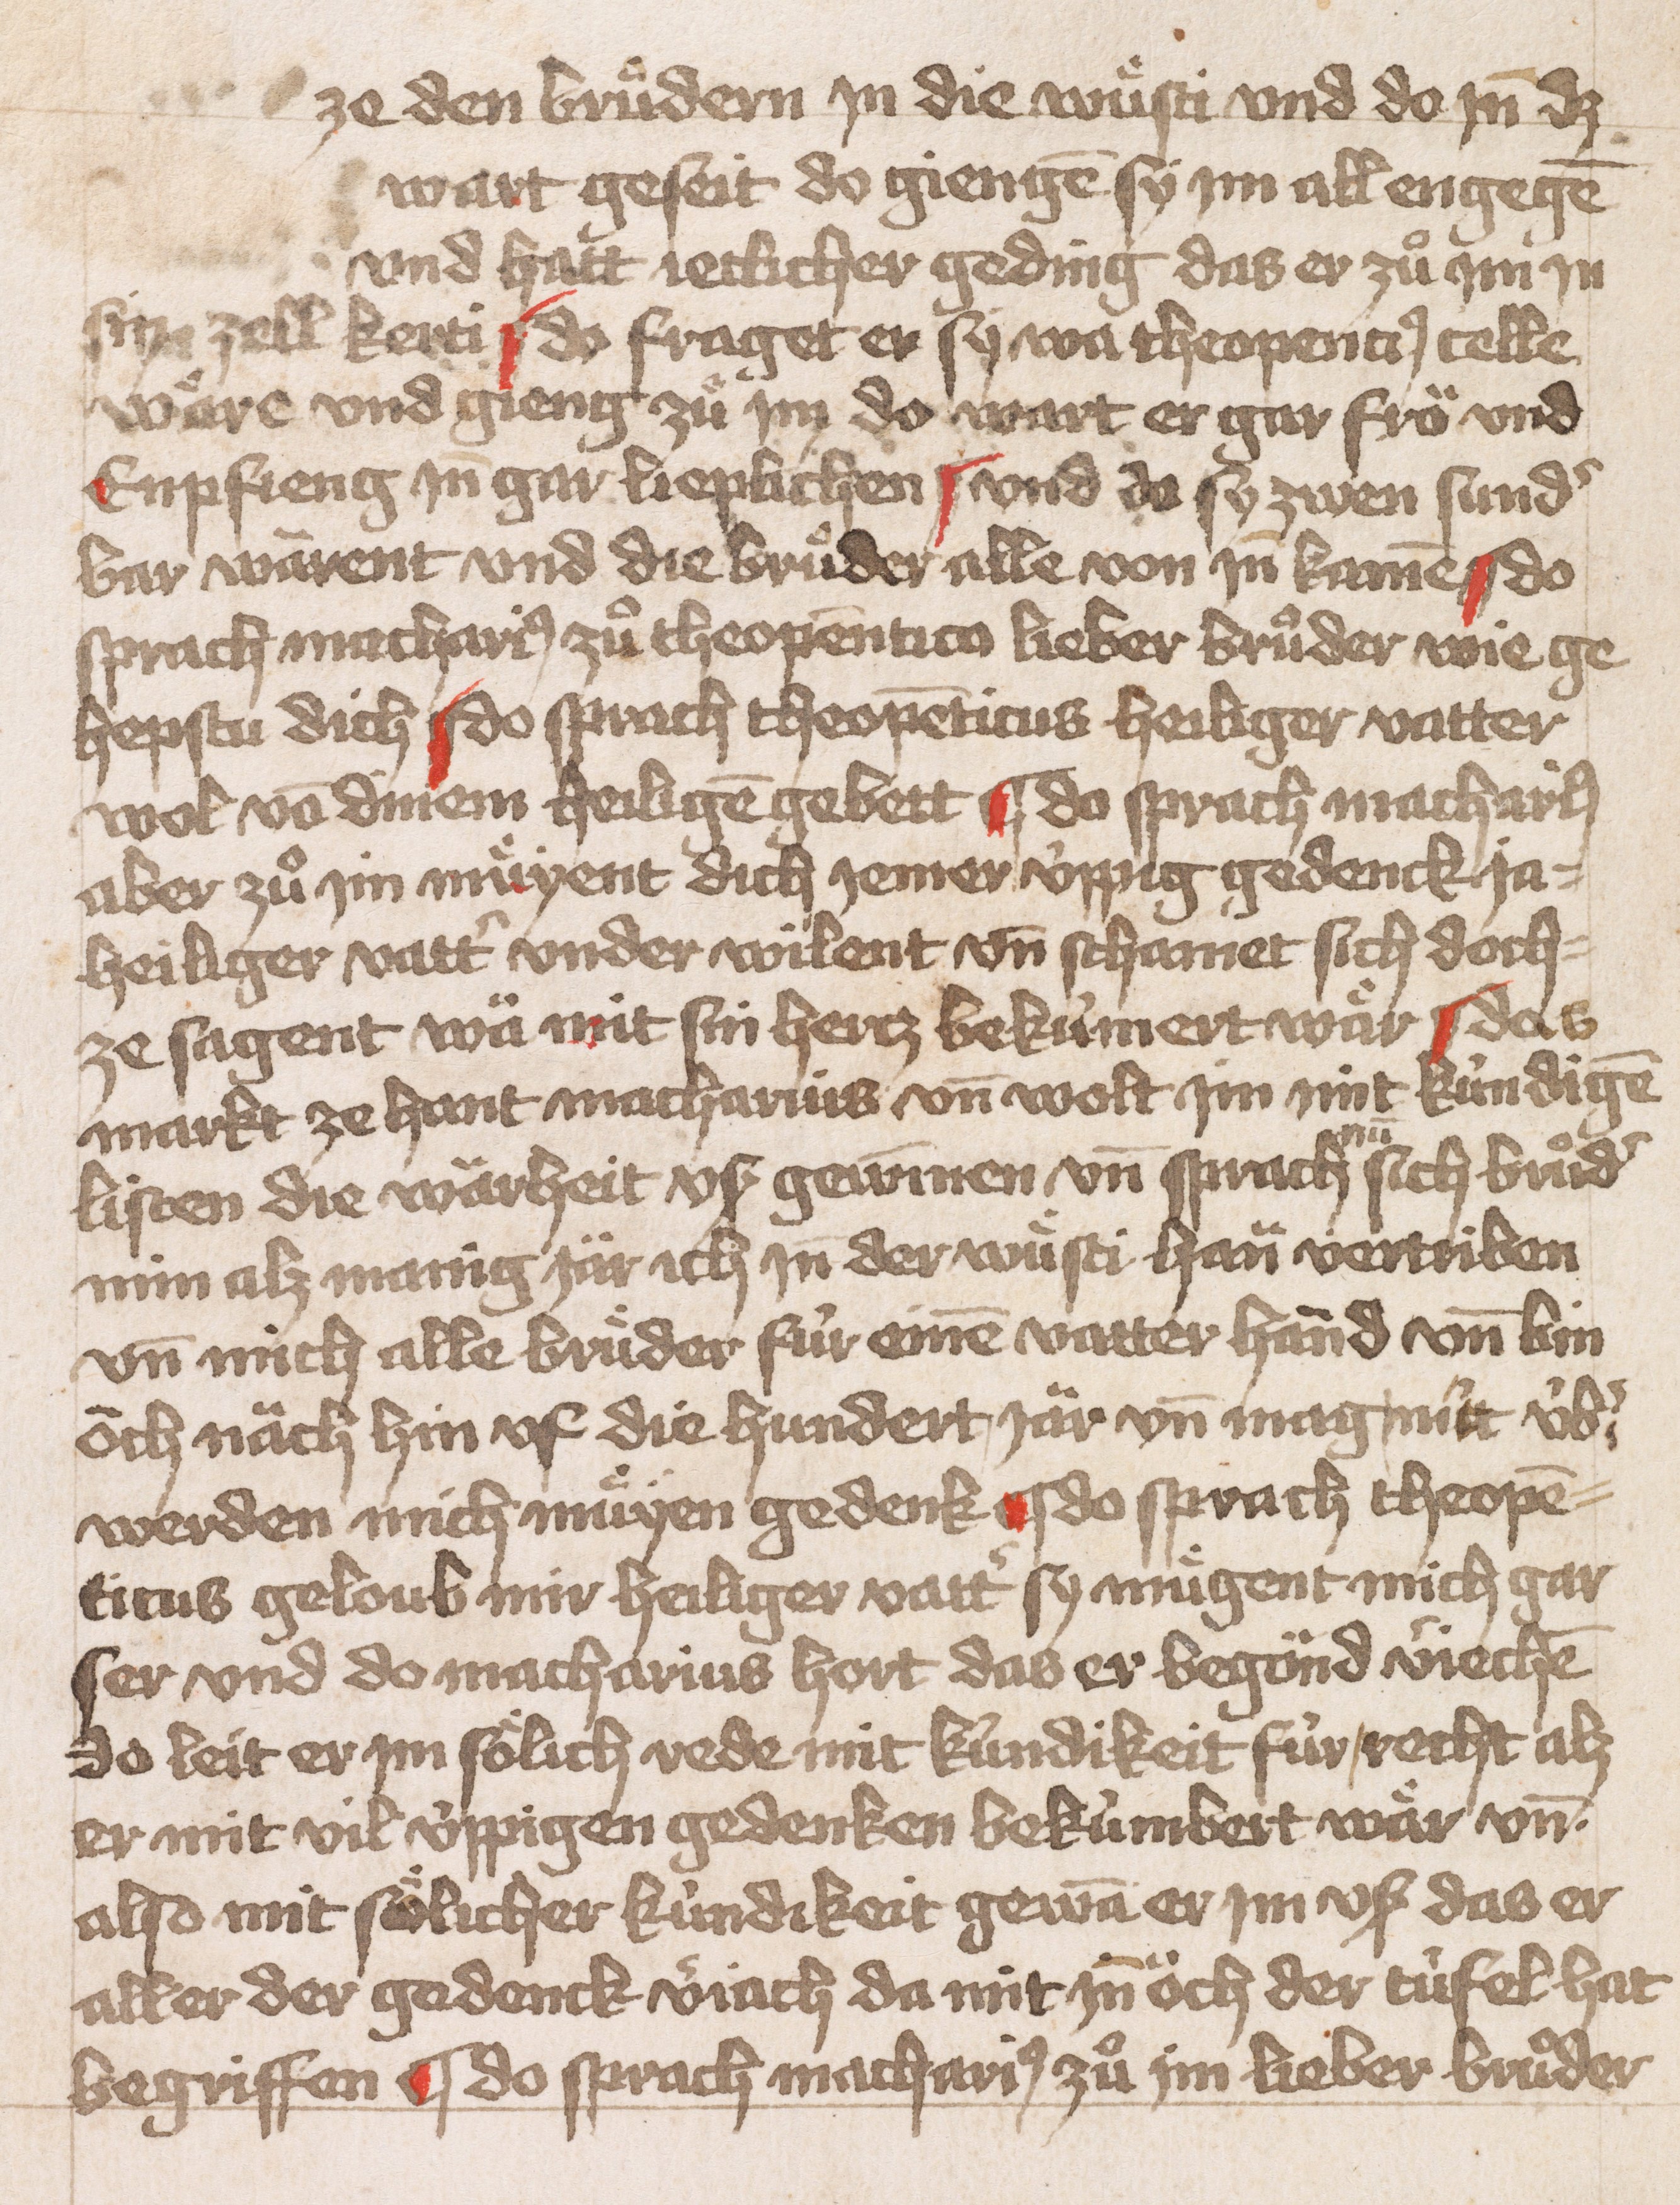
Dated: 1451–1451